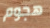
هجوم